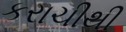
કરાચીથી